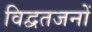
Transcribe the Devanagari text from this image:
विद्वतजनों